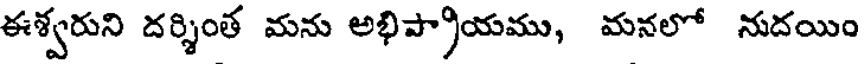
ఈశ్వరుని దర్శింత మను అభిప్రాయము, మనలో నుదయిం